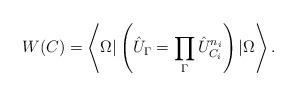
LaTeX: \begin{align*}W(C)=\left\langle\Omega|\left(\hat{U}_{\Gamma}=\prod_{\Gamma}\hat{U}^{n_i}_{C_i}\right)|\Omega\right\rangle .\end{align*}